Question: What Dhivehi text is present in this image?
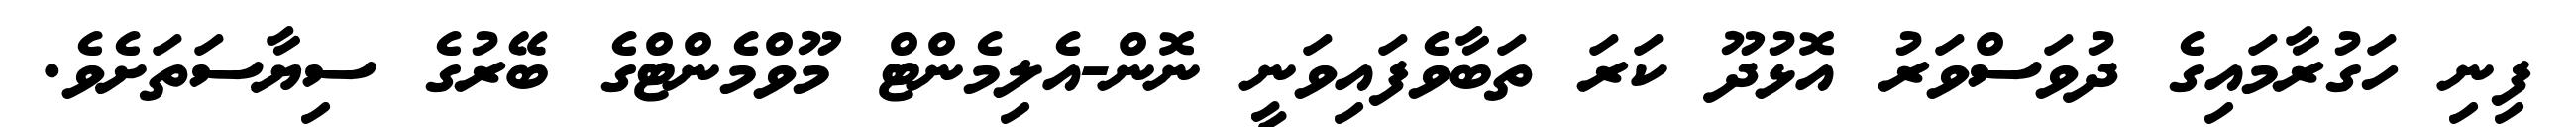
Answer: ފިނި ހަގުރާމައިގެ ދުވަސްވަރު އޮޅުދޫ ކަރަ ތަބާވެފައިވަނީ ނޮން-އެލިމެންޓް މޫވްމެންޓްގެ ބޭރުގެ ސިޔާސަތަށެވެ.